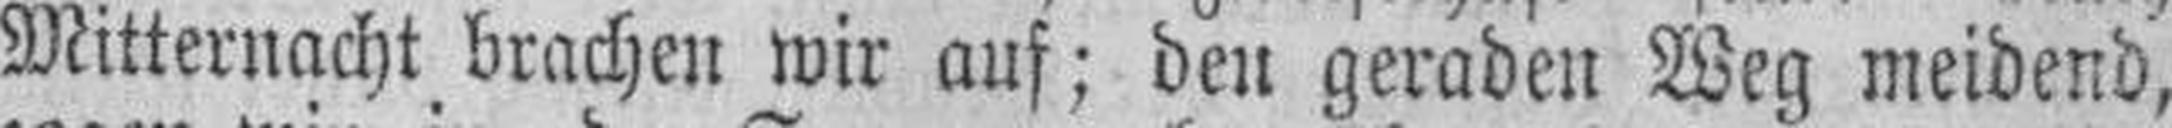
Mitternacht brachen wir auf; den geraden Weg meidend,